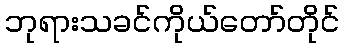
ဘုရားသခင်ကိုယ်တော်တိုင်